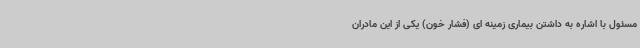
مسئول با اشاره به داشتن بیماری زمینه ای (فشار خون) یکی از این مادران